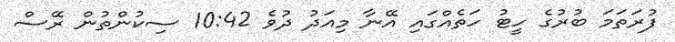
ފުރަތަމަ ބުރުގެ ހީޓު ހަތެއްގައި އޭނާ މިއަދު ދުވެ 10:42 ސިކުންތުން ރޭސް